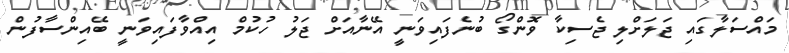
މައްސަލާގައި ޖަލަށްލި ޖެސިކާ ވޮންގޯ ބުނެފައިވަނީ އޭނާއަށް ޖަލު ހުކުމް އިއްވާފައިވަނީ ބޭއިންސާފުން